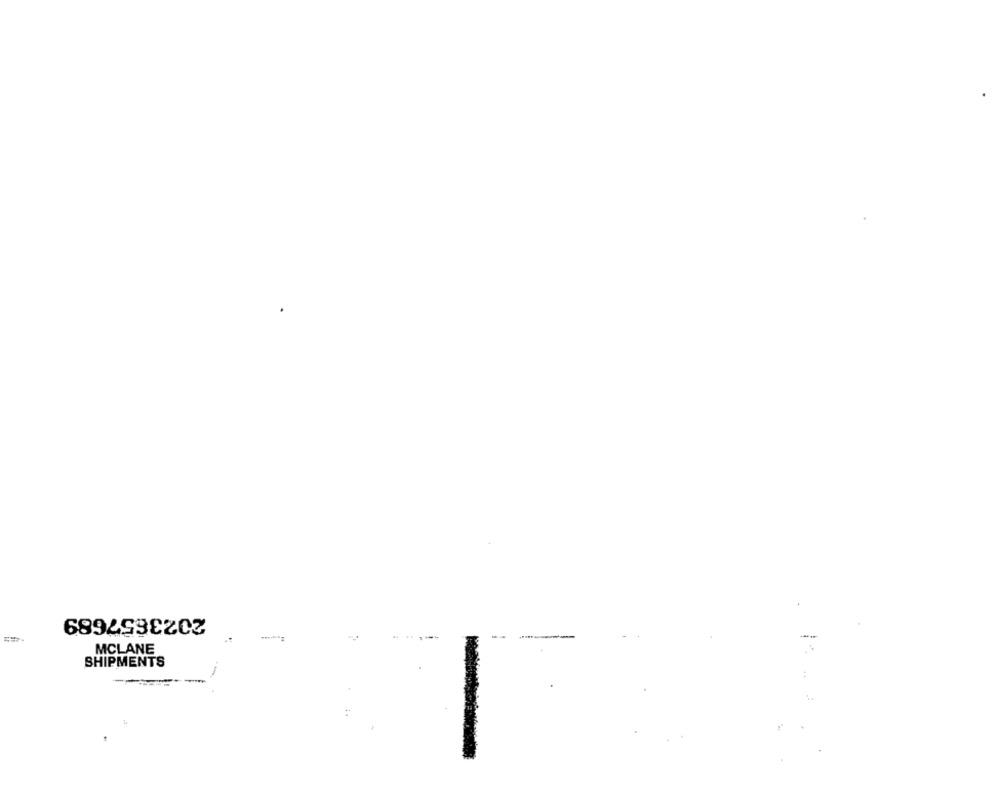
2023657689
MCLANE
SHIPMENTS
: